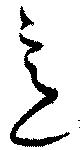
意